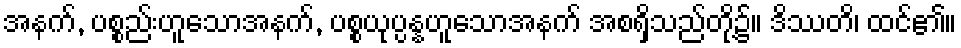
အနက်, ပစ္စည်းဟူသောအနက်, ပစ္စယုပ္ပန္နဟူသောအနက် အစရှိသည်တို့၌။ ဒိဿတိ၊ ထင်၏။